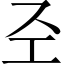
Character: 𢀖